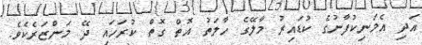
އަދި އެމަނިކުފާނުގެ ކުޑައިރު މާލޭގެ ހާލަތު އޮތް ގޮތް ކުރަހައި ދޭ މަންޒަރެކެވެ.